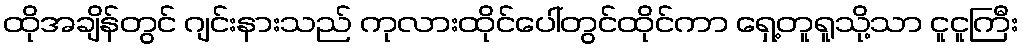
ထိုအချိန်တွင် ဂျင်းနားသည် ကုလားထိုင်ပေါ်တွင်ထိုင်ကာ ရှေ့တူရူသို့သာ ငူငူကြီး